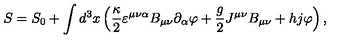
S = S _ { 0 } + \int d ^ { 3 } x \left( \frac \kappa 2 \varepsilon ^ { \mu \nu \alpha } B _ { \mu \nu } \partial _ { \alpha } \varphi + \frac g 2 J ^ { \mu \nu } B _ { \mu \nu } + h j \varphi \right) ,